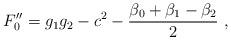
LaTeX: \begin{align*} F_0'' = g_1 g_2 - c^2 - \frac{\beta_0 + \beta_1 - \beta_2}{2}~,\end{align*}